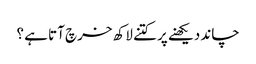
چاند دیکھنے پر کتنے لاکھ خرچ آتا ہے ؟